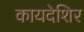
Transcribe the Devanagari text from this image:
कायदेशिर